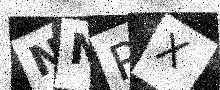
Text: NNRX